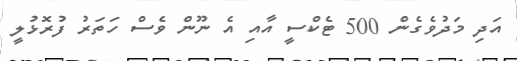
އަދި މަދުވެގެން 500 ޓެކްސީ އާއި އެ ނޫން ވެސް ހަތަރު ފުރޮޅުލީ